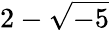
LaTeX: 2-{\sqrt{-5}}